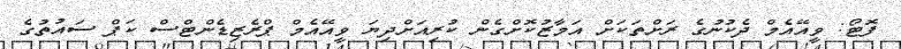
ފޮޮޓޯ: ވީއޭއެމް ދެކުނުގެ ރަށްތަކަށް އަމާޒުކޮށްގެން ކުރިއަށްދިޔަ ވީއޭއެމް ޕްރެޒިޑެންޓްސް ކަޕް ސައުތުގެ